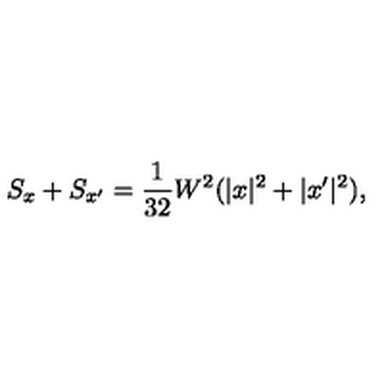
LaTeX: S _ { x } + S _ { x ^ { \prime } } = \frac { 1 } { 3 2 } W ^ { 2 } ( | x | ^ { 2 } + | x ^ { \prime } | ^ { 2 } ) ,